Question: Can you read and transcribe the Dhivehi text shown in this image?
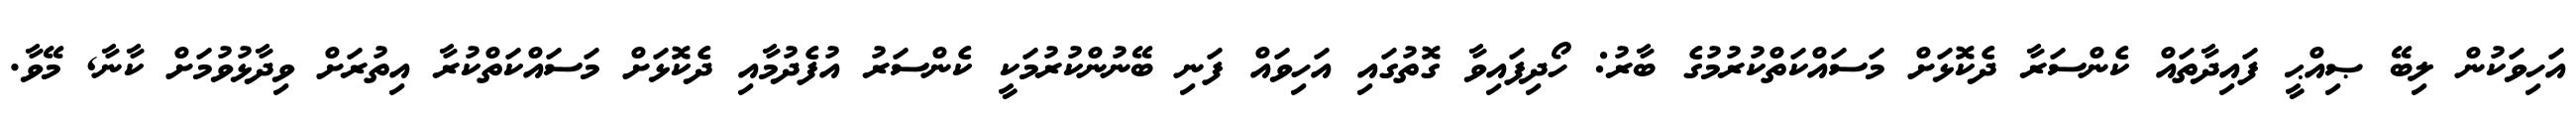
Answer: އަހިވަކުން ލިބޭ ޞިއްޙީ ފައިދާތައް ކެންސަރާ ދެކޮޅަށް މަސައްކަތްކުރުމުގެ ބާރު: ހޯދިފައިވާ ގޮތުގައި އަހިވައް ފަނި ބޭނުންކުރުމަކީ ކެންސަރު އުފެދުމާއި ދެކޮޅަށް މަސައްކަތްކުރާ އިތުރަށް ވިދާޅުވުމަށް ކާނާ, މޭވާ.